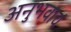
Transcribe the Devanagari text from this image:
अनुभवाचं